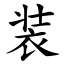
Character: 装